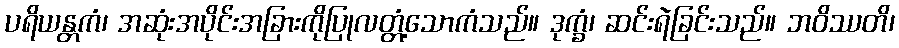
ပရိယန္တကံ၊ အဆုံးအပိုင်းအခြားကိုပြုလတ္တံ့သောကံသည်။ ဒုက္ခံ၊ ဆင်းရဲခြင်းသည်။ ဘဝိဿတိ၊